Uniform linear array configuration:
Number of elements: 48
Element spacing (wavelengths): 0.5
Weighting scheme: exponential
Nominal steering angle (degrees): -15
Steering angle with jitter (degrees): -15.886
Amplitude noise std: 0.05
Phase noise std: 0.05

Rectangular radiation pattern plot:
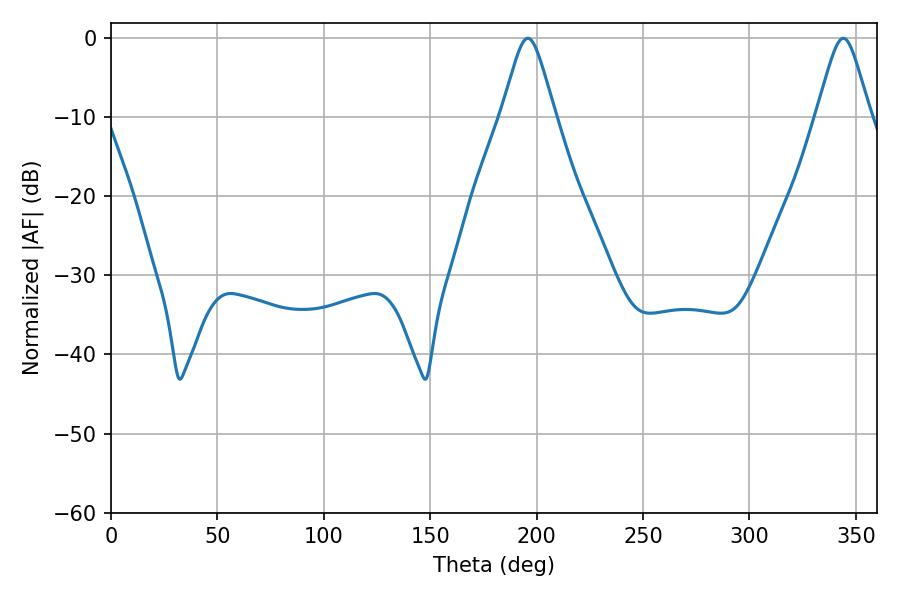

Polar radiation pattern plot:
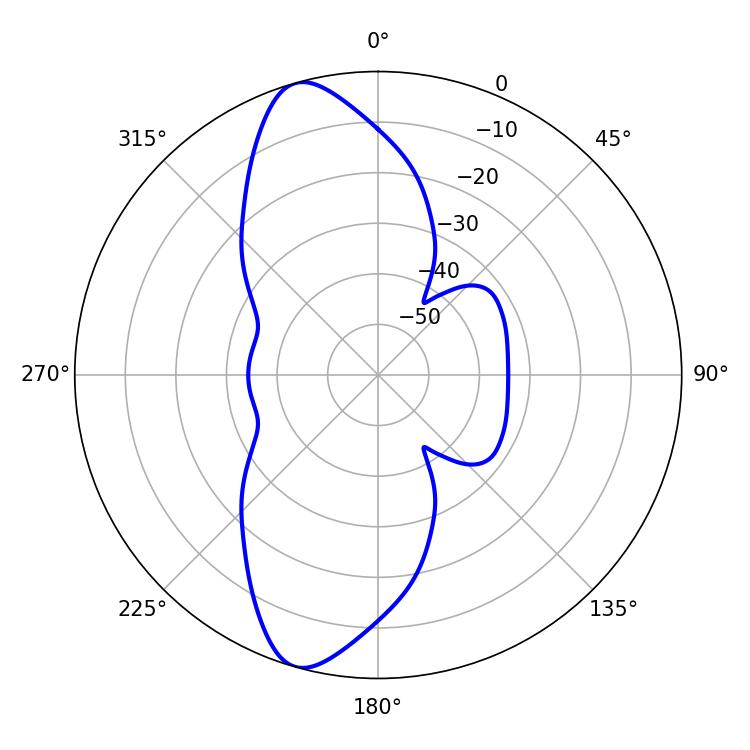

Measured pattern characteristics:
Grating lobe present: FALSE
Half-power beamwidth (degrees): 12.06
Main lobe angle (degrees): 195.84